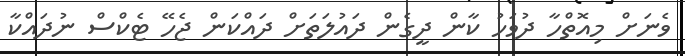
ވެނަށް މިއޮތްހާ ދުވަހު ކާން ދީގެން ދައުލަތަށް ދައްކަން ޖެހޭ ޓެކްސް ނުދައްކާ